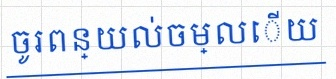
ចូរពន្យល់ចម្លើយ